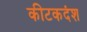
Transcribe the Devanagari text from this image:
कीटकदंश